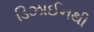
ડિઝાઈનથી